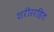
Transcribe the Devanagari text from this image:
शरीररहित